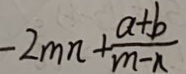
- 2 m n + \frac { a + b } { m - n }